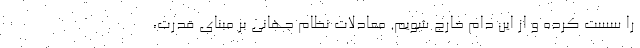
را سست کرده و از این دام خارج شویم. معادلات نظام جهانی بر مبنای قدرت،